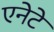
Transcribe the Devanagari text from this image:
एनेटे